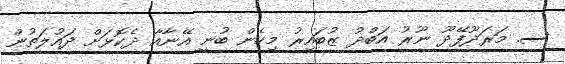
ސ. މަރަދޫފޭދޫ ނޫރު އަބްދު ޒުބައިރު މިހެން ބުނީ އޭނާއާ ދެކޮޅަށް ދައުލަތުން